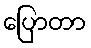
ပြောတာ